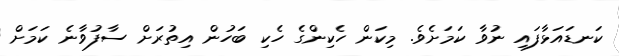
ކަނޑައަޅާފައި ނުވާ ކަމަށެވެ. މިކަން ހެކިންގެ ހެކި ބަހުން އިތުރަށް ސާފުވާނެ ކަމަށް